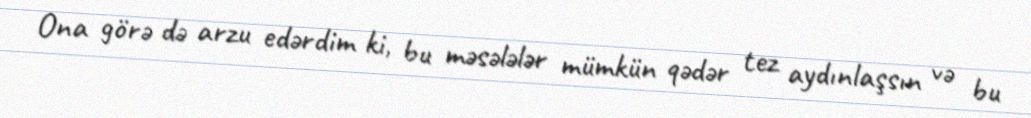
Ona görə də arzu edərdim ki, bu məsələlər mümkün qədər tez aydınlaşsın və bu